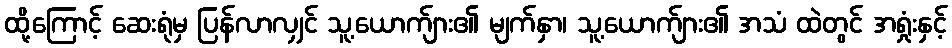
ထို့ကြောင့် ဆေးရုံမှ ပြန်လာလျှင် သူ့ယောက်ျား၏ မျက်နှာ၊ သူ့ယောက်ျား၏ အသံ ထဲတွင် အရှုံးနှင့်